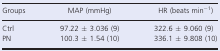
<table><thead><tr><td><b>Groups</b></td><td><b>MAP (mmHg)</b></td><td><b>HR (beats min<sup>−1</sup>)</b></td></tr></thead><tbody><tr><td>Ctrl</td><td>97.22 ± 3.036 (9)</td><td>322.6 ± 9.060 (9)</td></tr><tr><td>PN</td><td>100.3 ± 1.54 (10)</td><td>336.1 ± 9.808 (10)</td></tr></tbody></table>